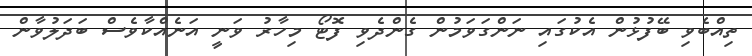
ތިއްބެވި ބޭފުޅުން އެކުގައި ނަންގަވަމުން ގެންދެވި ފޮޓޯ މިހާރު ވަނީ އަނެއްކާވެސް ބަދަލުވާން